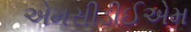
એમસીડીઈએમ